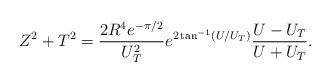
LaTeX: \begin{align*}Z^2+T^2=\frac{2R^4 e^{-\pi/2}}{U_T^2}e^{2\tan^{-1}(U/U_T)}\frac{U-U_T}{U+U_T}.\end{align*}